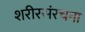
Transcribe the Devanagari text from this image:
शरीरसंरचना